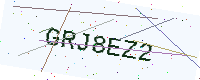
Text: GRJ8EZ2